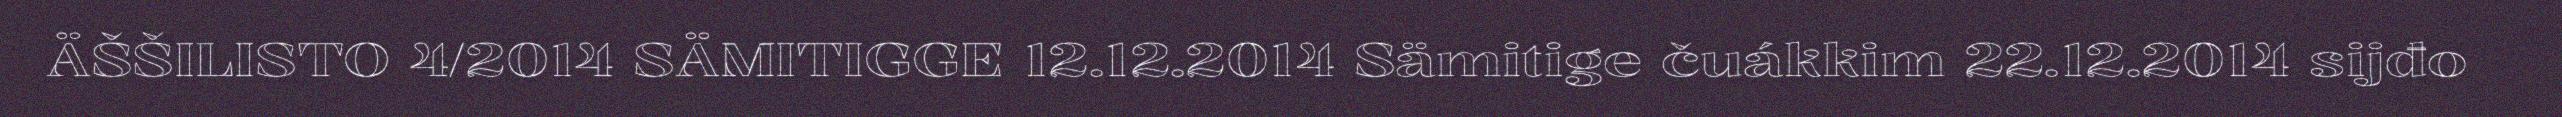
ÄŠŠILISTO 4/2014 SÄMITIGGE 12.12.2014 Sämitige čuákkim 22.12.2014 sijđo